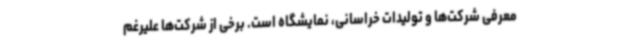
معرفی شرکت‌ها و تولیدات خراسانی، نمایشگاه است. برخی از شرکت‌ها علیرغم